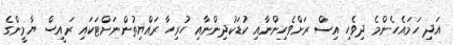
އަދި ހަމައެހެންމެ ދިވެހި އިސް ރަށްވެހިންނާއި ކުޑަކުދިންނާއި ހުރިހާ ރައްޔިތުންނަށްޓަކައި ރައީސް ޔާމީންގެ